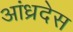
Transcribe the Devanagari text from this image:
आंध्रदेस